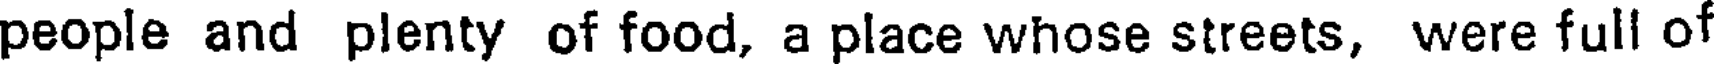
people and plenty of food, a place whose streets, were full of